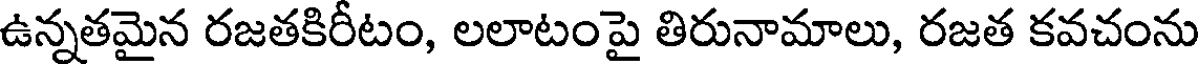
ఉన్నతమైన రజతకిరీటం, లలాటంపై తిరునామాలు, రజత కవచంను